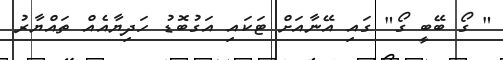
" ގޯ ބޭބީ ގޯ" ގައި އޭނާއަށް ޓަކައި އަގުބޮޑު ހަދިޔާއެއް ތައްޔާރު